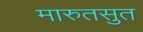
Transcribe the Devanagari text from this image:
मारुतसुत